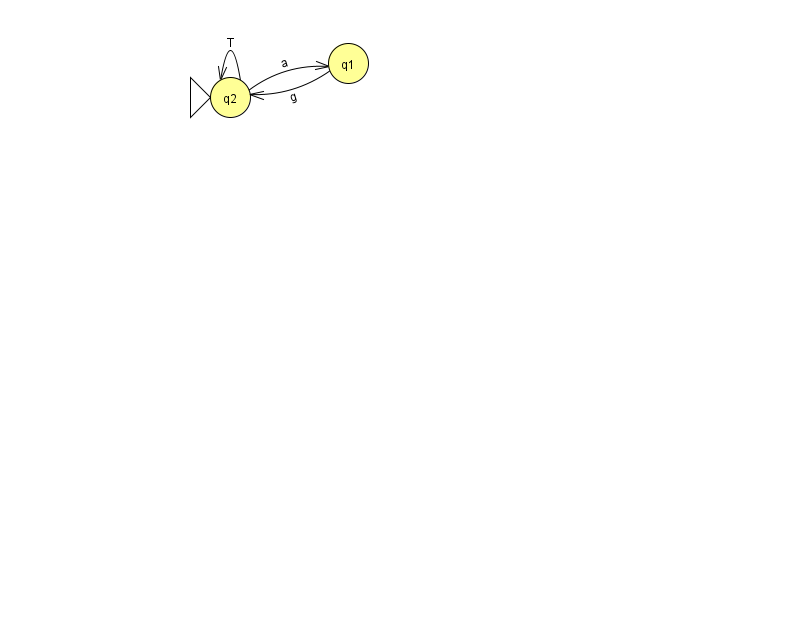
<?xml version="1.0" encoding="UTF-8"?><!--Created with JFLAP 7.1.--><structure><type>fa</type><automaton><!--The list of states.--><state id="1" name="q1"><x>348.0</x><y>50.0</y></state><state id="2" name="q2"><x>230.0</x><y>84.0</y><initial/></state><!--The list of transitions.--><transition><from>1</from><to>2</to><read>g</read></transition><transition><from>2</from><to>1</to><read>a</read></transition><transition><from>2</from><to>2</to><read>T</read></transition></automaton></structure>